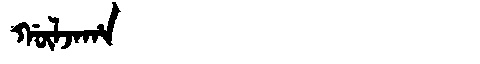
Manchu: ᡤᡡᠯᠵᠠᡥᠠ
Romanization: GŪLJAHA